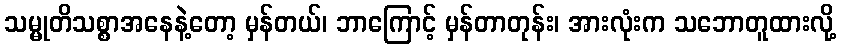
သမ္မုတိသစ္စာအနေနဲ့တော့ မှန်တယ်၊ ဘာကြောင့် မှန်တာတုန်း၊ အားလုံးက သဘောတူထားလို့